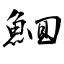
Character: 鮰